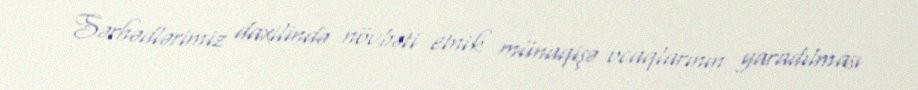
Sərhədlərimiz daxilində növbəti etnik münaqişə ocaqlarının yaradılması